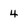
Character: 4